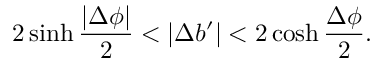
2 \sinh { \frac { | \Delta \phi | } { 2 } } < | \Delta b ^ { \prime } | < 2 \cosh { \frac { \Delta \phi } { 2 } } .